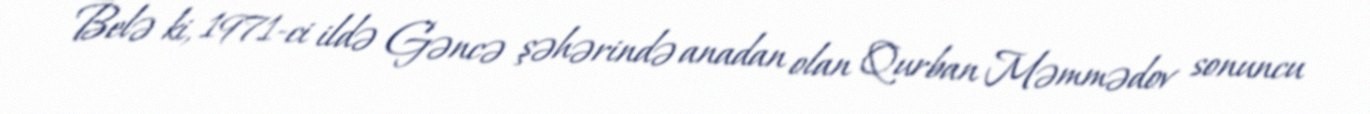
Belə ki, 1971-ci ildə Gəncə şəhərində anadan olan Qurban Məmmədov sonuncu